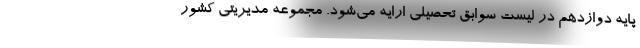
پایه دوازدهم در لیست سوابق تحصیلی ارایه می‌شود. مجموعه مدیریتی کشور